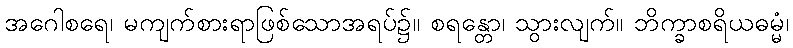
အဂေါစရေ၊ မကျက်စားရာဖြစ်သောအရပ်၌။ စရန္တော၊ သွားလျက်။ ဘိက္ခာစရိယဓမ္မံ၊